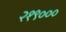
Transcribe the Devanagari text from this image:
२१९०००